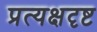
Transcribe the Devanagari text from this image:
प्रत्यक्षदृष्ट